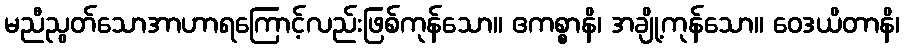
မညီညွတ်သောအာဟာရကြောင့်လည်းဖြစ်ကုန်သော။ ဧကစ္စာနိ၊ အချို့ကုန်သော။ ဝေဒယိတာနိ၊